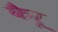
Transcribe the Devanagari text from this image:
कैरू